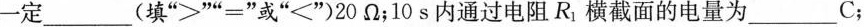
一定___(填”>””=”或”<”20Ω；10s内通过电阻R_{1}横截面的电量为___C；